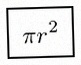
\pi r^2